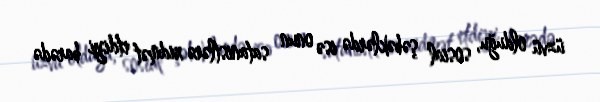
üzvü olduğu, sosial şəbəklərdə isə onun satanistlərə xidmət etdiyi barədə